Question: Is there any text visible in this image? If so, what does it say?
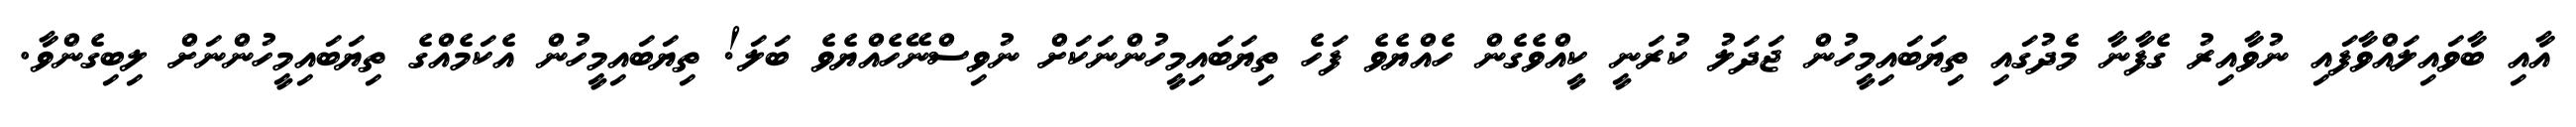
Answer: އާއި ބާވައިލައްވާފައި ނުވާއިރު ގެފާނާ މެދުގައި ތިޔަބައިމީހުން ޖަދަލު ކުރަނީ ކީއްވެގެން ހެއްޔެވެ ފަހެ ތިޔަބައިމީހުންނަކަށް ނުވިސްނޭހެއްޔެވެ ބަލަ! ތިޔަބައިމީހުން އެކަމެއްގެ ތިޔަބައިމީހުންނަށް ލިބިގެންވާ.